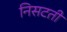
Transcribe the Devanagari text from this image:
निसटती